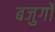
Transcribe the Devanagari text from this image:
बजुर्गों